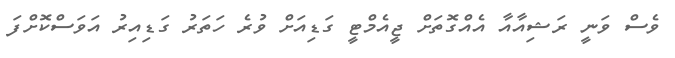
ވެސް ވަނީ ރަޝިއާއާ އެއްގޮތަށް ޖީއެމްޓީ ގަޑިއަށް ވުރެ ހަތަރު ގަޑިއިރު އަވަސްކޮށްފަ